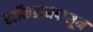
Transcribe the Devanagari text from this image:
स्टॉकहोमपासून